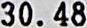
30.48